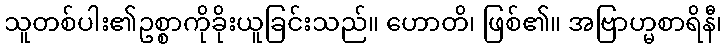
သူတစ်ပါး၏ဥစ္စာကိုခိုးယူခြင်းသည်။ ဟောတိ၊ ဖြစ်၏။ အဗြာဟ္မစာရိနီ၊